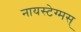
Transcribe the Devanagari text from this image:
नायस्‍टेग्‍मस्